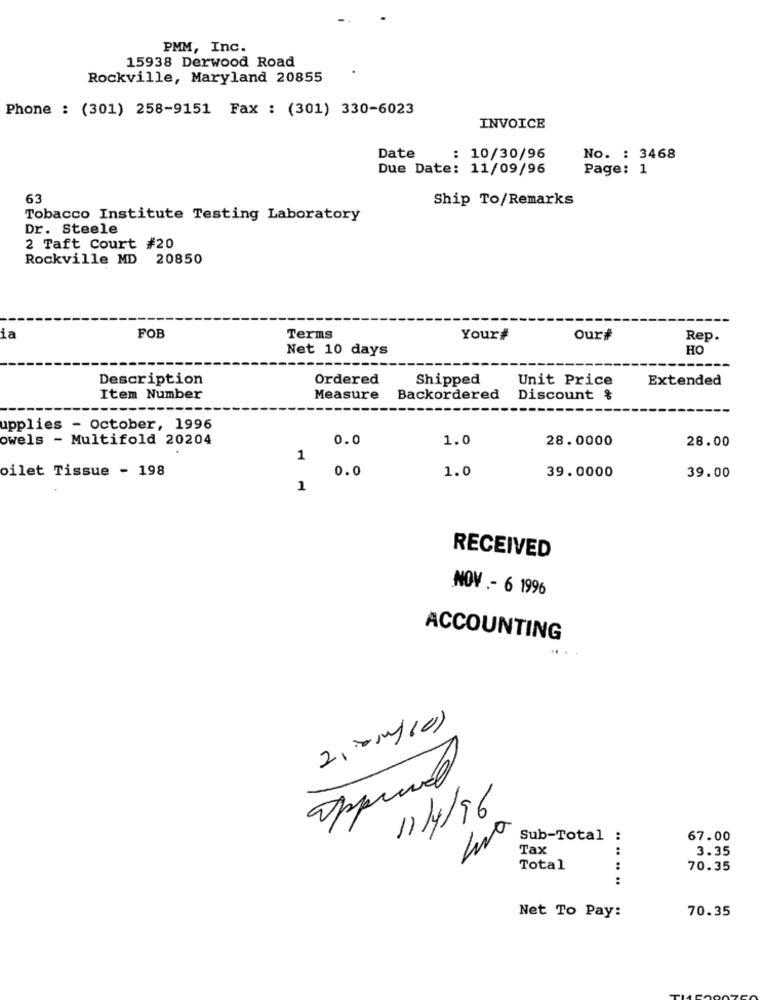
PMM, Inc.
15938 Derwood Road
Rockville, Maryland 20855
Phone : (301) 258-9151 Fax : (301) 330-6023
INVOICE
Date
: 10/30/96
No. : 3468
Due Date: 11/09/96
Page: 1
63
Ship To/Remarks
Tobacco Institute Testing Laboratory
Dr. Steele
2 Taft Court #20
Rockville MD 20850
FOB
ia
Terms
Your#
Ourf
Rep.
Net 10 days
HO
Description
Ordered
Shipped
Unit Price
Extended
Item Number
Measure
Backordered
Discount &
upplies - October, 1996
owels - Multifold 20204
0.0
1.0
28.0000
28.00
1
oilet Tissue - 198
0.0
1.0
39.0000
39.00
1
RECEIVED
NOV .- 6 1996
ACCOUNTING
2,00/10
€
3
11/4/16
Sub-Total :
67.00
Tax
3.35
Total
:
70.35
:
70.35
Net To Pay: